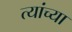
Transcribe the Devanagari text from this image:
त्यांच्या